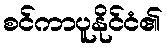
စင်ကာပူနိုင်ငံ၏